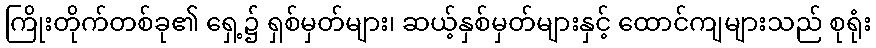
ကြိုးတိုက်တစ်ခု၏ ရှေ့၌ ရှစ်မှတ်များ၊ ဆယ့်နှစ်မှတ်များနှင့် ထောင်ကျများသည် စုရုံး